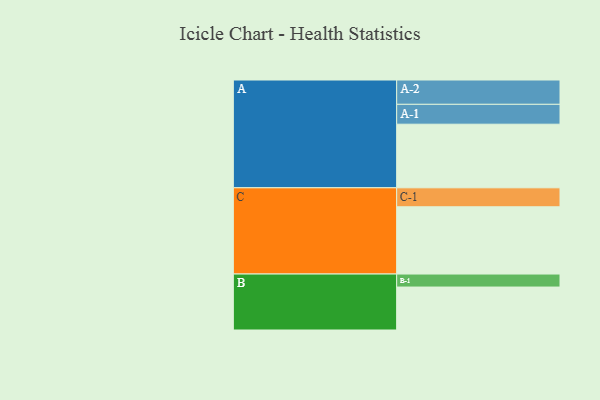
{"axis": {"x": "Segment", "y": "Value"}, "legend": ["", "A", "B", "C"], "data": [{"x": "A", "y": 557, "type": ""}, {"x": "B", "y": 376, "type": ""}, {"x": "C", "y": 589, "type": ""}, {"x": "A-1", "y": 174, "type": "A"}, {"x": "A-2", "y": 213, "type": "A"}, {"x": "B-1", "y": 114, "type": "B"}, {"x": "C-1", "y": 166, "type": "C"}]}